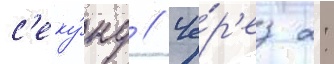
с'еку́нд // Че́р'ез 2: